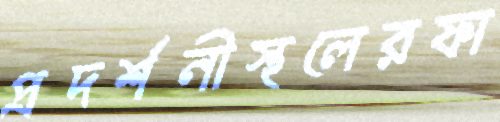
প্রদর্শনীস্থলেরফা